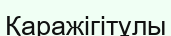
Қаражігітұлы